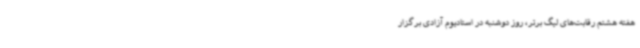
هفته هشتم رقابت‌های لیگ برتر، روز دوشنبه در استادیوم آزادی برگزار